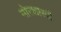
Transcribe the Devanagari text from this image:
मोरशास्त्री